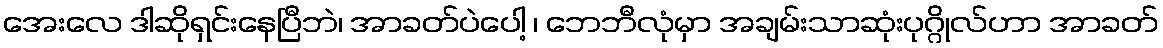
အေးလေ ဒါဆိုရှင်းနေပြီဘဲ၊ အာခတ်ပဲပေါ့ ၊ ဘေဘီလုံမှာ အချမ်းသာဆုံးပုဂ္ဂိုလ်ဟာ အာခတ်